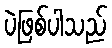
ပဲဖြစ်ပါသည်